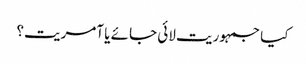
کیا جمہوریت لائی جائے یا آمریت؟